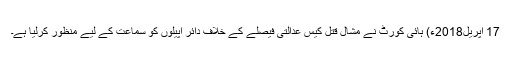
17 اپریل2018ء) ہائی کورٹ نے مشال قتل کیس عدالتی فیصلے کے خلاف دائر اپیلوں کو سماعت کے لیے منظور کرلیا ہے۔